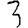
Digit: 3